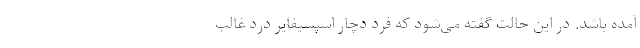
آمده باشد. در این حالت گفته می‌شود که فرد دچار اسپسیفایر درد غالب